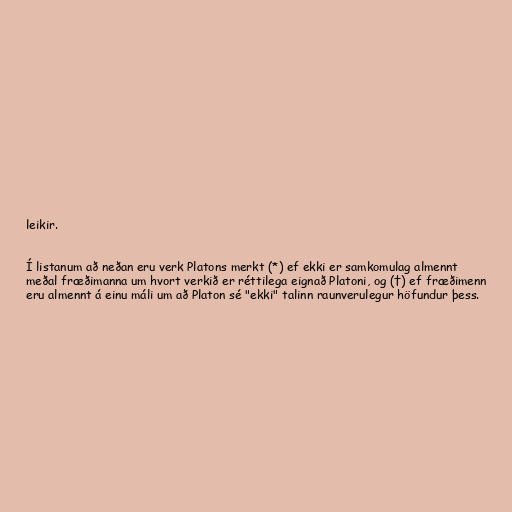
leikir.

Í listanum að neðan eru verk Platons merkt (*) ef ekki er samkomulag almennt
meðal fræðimanna um hvort verkið er réttilega eignað Platoni, og (†) ef fræðimenn
eru almennt á einu máli um að Platon sé "ekki" talinn raunverulegur höfundur þess.